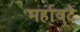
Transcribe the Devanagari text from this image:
मर्हावटे